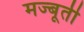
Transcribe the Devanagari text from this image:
मज्बूती